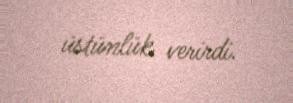
üstünlük verirdi.